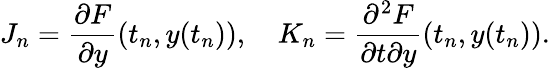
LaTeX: J_{n}=\frac{\partial F}{\partial y}(t_{n},y(t_{n})),\quad K_{n}=\frac{\partial^{2}F}{\partial t\partial y}(t_{n},y(t_{n})).